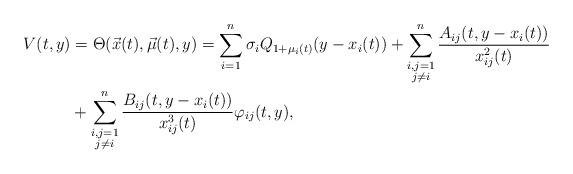
LaTeX: \begin{align*}V(t,y)&=\Theta(\vec{x}(t),\vec{\mu}(t),y)=\sum_{i=1}^n\sigma_iQ_{1+\mu_{i}(t)}(y-x_{i}(t))+\sum_{\substack{i,j=1\\ j\not=i}}^n\frac{A_{ij}(t,y-x_{i}(t))}{x^2_{ij}(t)}\\&+\sum_{\substack{i,j=1\\ j\not=i}}^n\frac{B_{ij}(t,y-x_{i}(t))}{x_{ij}^3(t)}\varphi_{ij}(t,y),\end{align*}